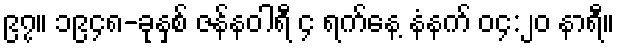
၉၇။ ၁၉၄၈-ခုနှစ် ဇန်နဝါရီ ၄ ရက်နေ့ နံနက် ၀၄:၂၀ နာရီ။